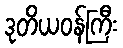
ဒုတိယဝန်ကြီး